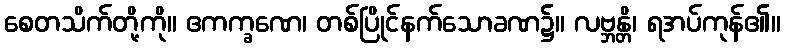
စေတသိက်တို့ကို။ ဧကက္ခဏေ၊ တစ်ပြိုင်နက်သောခဏ၌။ လဗ္ဘန္တိ၊ ရအပ်ကုန်၏။